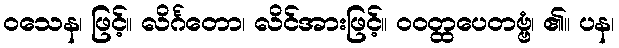
ဝသေန၊ ဖြင့်။ လိင်္ဂတော၊ လိင်အားဖြင့်။ ဝဝတ္ထပေတဗ္ဗံ၊ ၏။ ပန၊